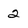
Character: 2